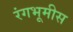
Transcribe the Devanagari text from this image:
रंगभूमीस